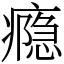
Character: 瘾